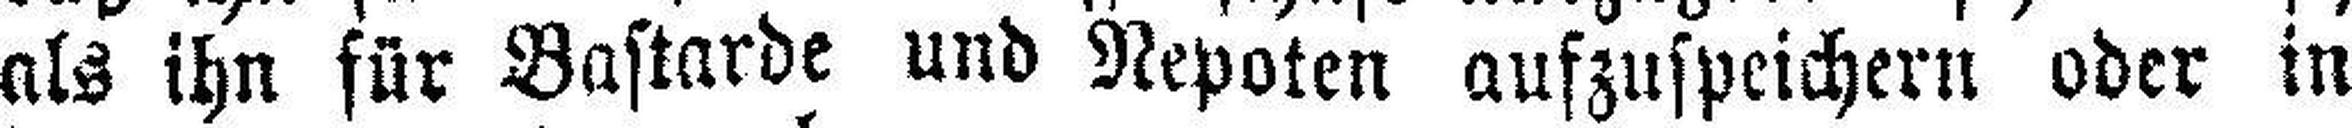
als ihn für Bastarde und Repoten aufzuspeichern oder in